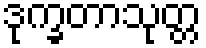
ဒုက္ခတာသုတ္တ